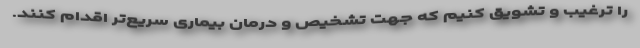
را ترغیب و تشویق کنیم که جهت تشخیص و درمان بیماری سریع‌تر اقدام کنند.